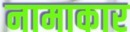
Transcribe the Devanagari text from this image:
नामाकार